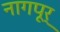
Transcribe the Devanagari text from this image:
नागपूर्